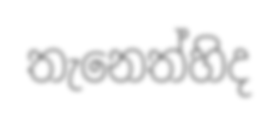
තැනෙත්හිද